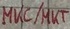
Text: MKC/MKT